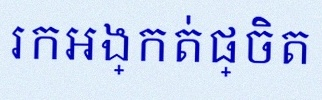
រកអង្កត់ផ្ចិត